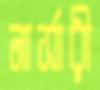
নার্সারী